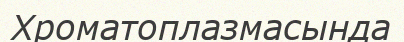
Хроматоплазмасында